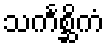
သင်္ကစ္ဆိကံ